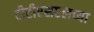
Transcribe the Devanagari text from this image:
टीटीएसएलच्या